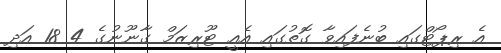
އެ ރިޕޯޓްގައި ބުނެފައިވާ ގޮތުގައި އެއީ ޓޫރިޒަމް ގާނޫނުގެ 4 18 އަދި